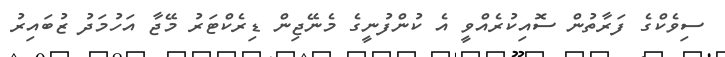
ސިވެކްގެ ފަރާތުން ސޮއިކުރެއްވީ އެ ކުންފުނީގެ މެނޭޖިން ޑިރެކްޓަރު މޭޖާ އަހުމަދު ޒުބައިރު